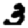
Digit: 3